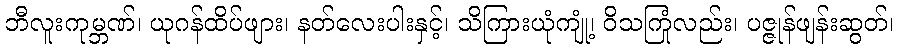
ဘီလူးကုမ္ဘဏ်၊ ယုဂန်ထိပ်ဖျား၊ နတ်လေးပါးနှင့်၊ သိကြားယုံကျုံ့၊ ဝိသကြုံလည်း၊ ပဇ္ဇုန်ဖျန်းဆွတ်၊